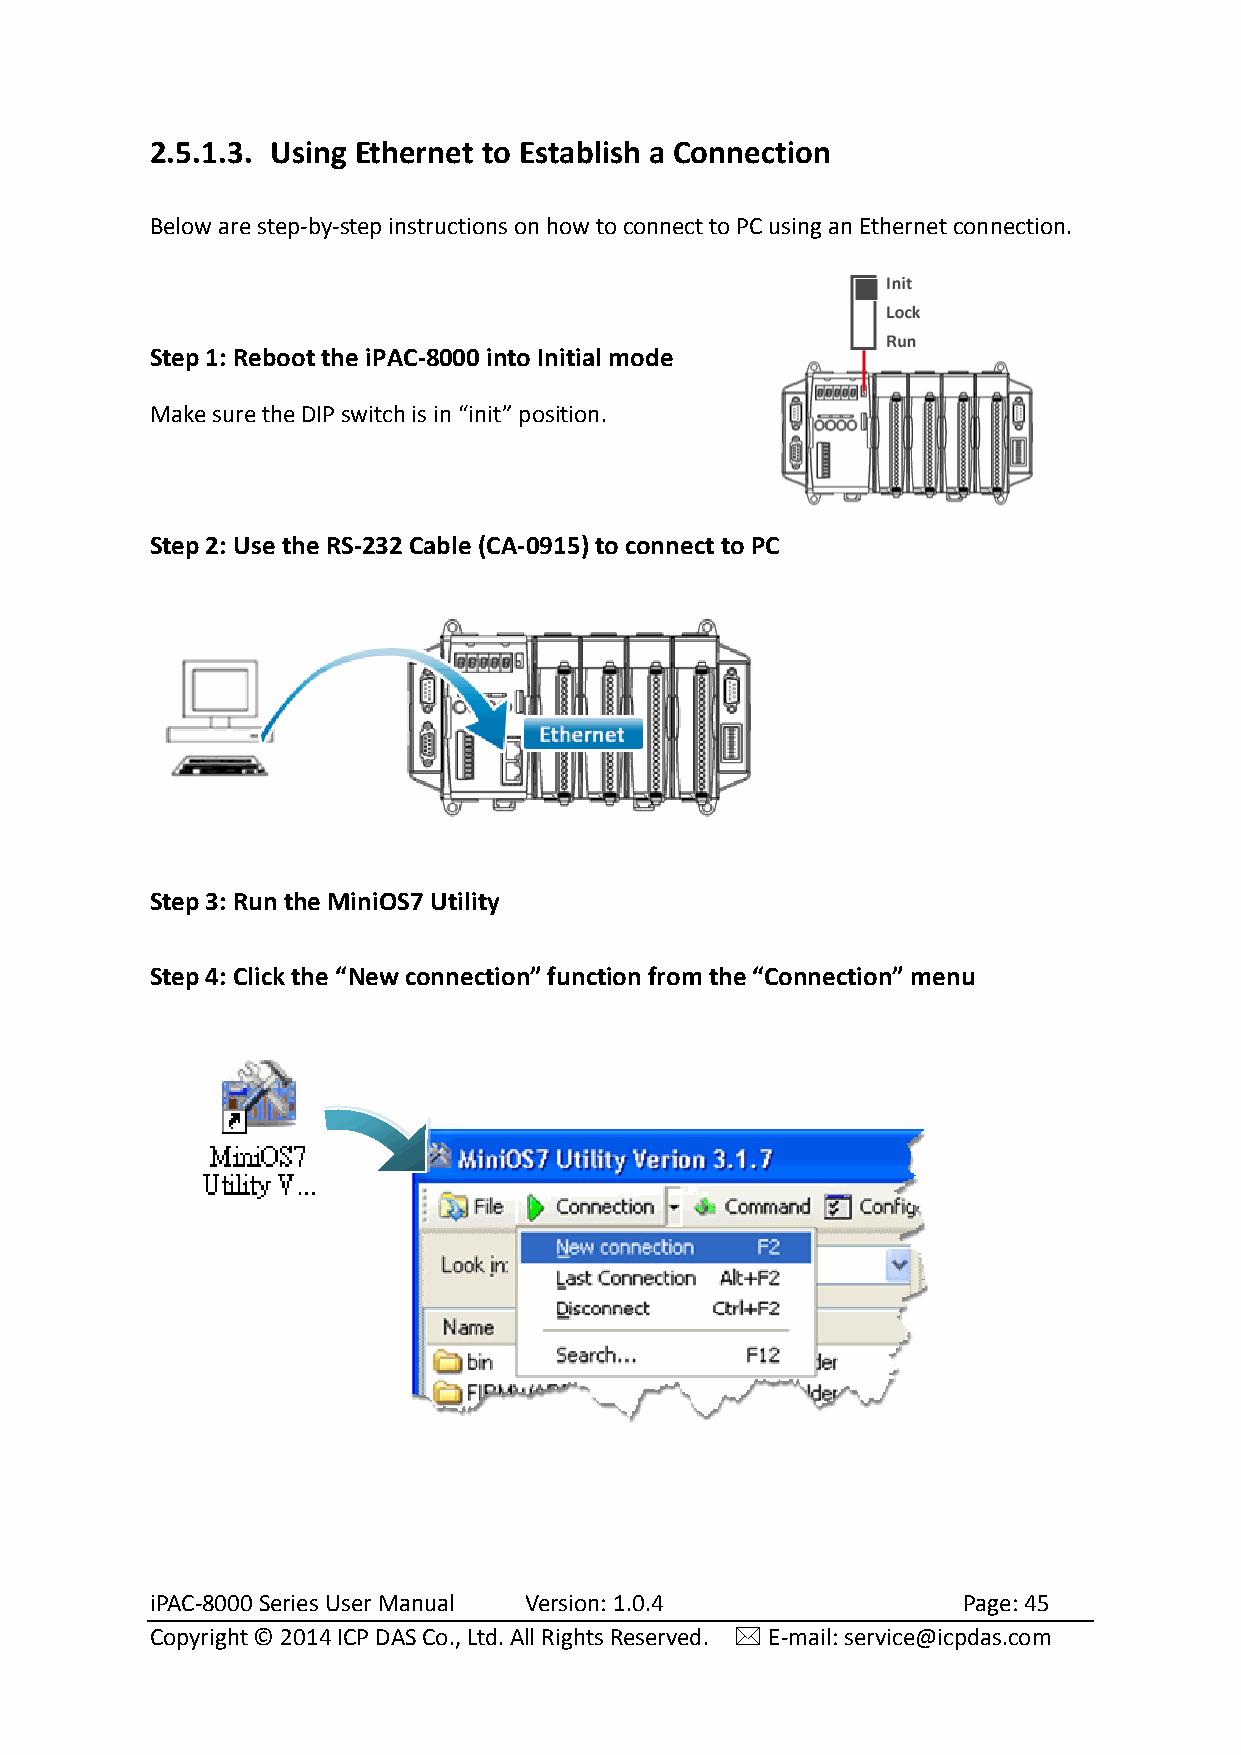
2.5.1.3. Using Ethernet to Establish a Connection
 Below are step-by-step instructions on how to connect to PC using an Ethernet connection.
 Step 1: Reboot the iPAC-8000 into Initial mode
 Make sure the DIP switch is in “init” position.
 Step 2: Use the RS-232 Cable (CA-0915) to connect to PC
 Step 3: Run the MiniOS7 Utility
 Step 4: Click the “New connection” function from the “Connection” menu
 iPAC-8000 Series User Manual Version: 1.0.4           Page: 45
 Copyright © 2014 ICP DAS Co., Ltd. All Rights Reserved.  E-mail: service@icpdas.com